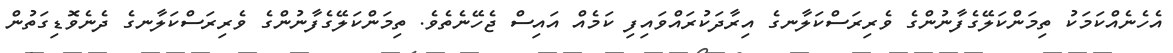
އެހެނެއްކަމަކު ތިމަންކަލޭގެފާނުންގެ ވެރިރަސްކަލާނގެ އިރާދަކުރައްވައިފި ކަމެއް އައިސް ޖެހޭނެތެވެ. ތިމަންކަލޭގެފާނުންގެ ވެރިރަސްކަލާނގެ ދެނެވޮޑިގަތުން